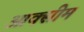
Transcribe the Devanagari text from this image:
आक्सीम